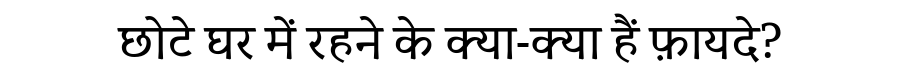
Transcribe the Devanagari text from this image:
छोटे घर में रहने के क्या-क्या हैं फ़ायदे?